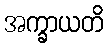
အက္ခာယတိ